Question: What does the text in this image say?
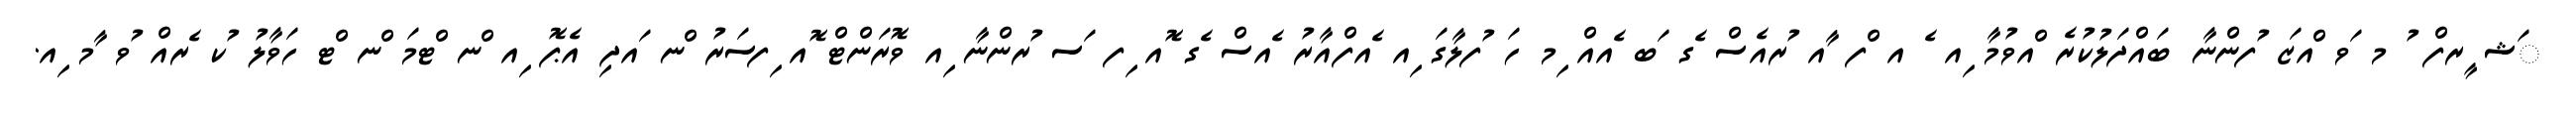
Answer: ަޝ ީރފް ު މ ަވ ްއޒަ ުފންނާ ބައްދަލުކުރެ ްއވުމާ ިއ ެ އ ްފ ާއ ުރއެސް ެގ ަބ ެއއް ިމ ހަ ުފލާގަ ިއ ެއފްއާރު ެއސް ެގ ޮއ ިފ ަސ ުރންނާ ިއ ވޮރަންޓް ޮއ ިފސަރު ްނ ައދި އެޕޮ ިއ ްނ ްޓމަ ްނ ްޓ ހަވާލު ުކ ެރއް ުވ ާމ ިއ.